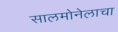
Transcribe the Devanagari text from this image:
सालमोनेलाचा